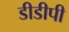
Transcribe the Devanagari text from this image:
डीडीपी